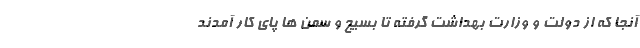
آنجا که از دولت و وزارت بهداشت گرفته تا بسیج و سمن ها پای کار آمدند